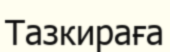
Тазкираға